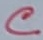
Text: C